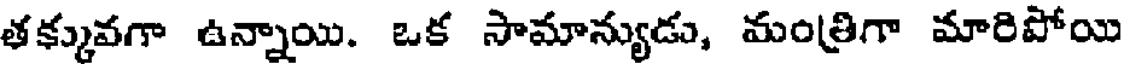
తక్కువగా ఉన్నాయి. ఒక సామాన్యుడు, మంత్రిగా మారిపోయి